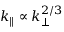
k _ { \parallel } \propto k _ { \perp } ^ { 2 / 3 }